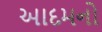
આદમનો